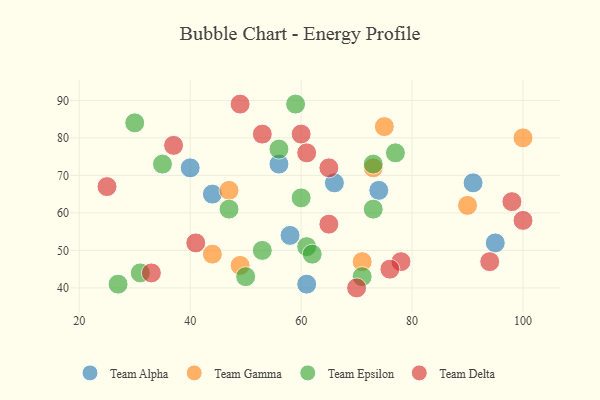
{"axis": {"x": "GDP", "y": "Life Expectancy"}, "legend": ["Team Alpha", "Team Delta", "Team Epsilon", "Team Gamma"], "data": [{"x": "58", "y": 54, "type": "Team Alpha"}, {"x": "66", "y": 68, "type": "Team Alpha"}, {"x": "74", "y": 66, "type": "Team Alpha"}, {"x": "91", "y": 68, "type": "Team Alpha"}, {"x": "61", "y": 41, "type": "Team Alpha"}, {"x": "44", "y": 65, "type": "Team Alpha"}, {"x": "40", "y": 72, "type": "Team Alpha"}, {"x": "95", "y": 52, "type": "Team Alpha"}, {"x": "56", "y": 73, "type": "Team Alpha"}, {"x": "100", "y": 80, "type": "Team Gamma"}, {"x": "73", "y": 72, "type": "Team Gamma"}, {"x": "47", "y": 66, "type": "Team Gamma"}, {"x": "49", "y": 46, "type": "Team Gamma"}, {"x": "75", "y": 83, "type": "Team Gamma"}, {"x": "90", "y": 62, "type": "Team Gamma"}, {"x": "44", "y": 49, "type": "Team Gamma"}, {"x": "71", "y": 47, "type": "Team Gamma"}, {"x": "71", "y": 43, "type": "Team Epsilon"}, {"x": "31", "y": 44, "type": "Team Epsilon"}, {"x": "61", "y": 51, "type": "Team Epsilon"}, {"x": "60", "y": 64, "type": "Team Epsilon"}, {"x": "35", "y": 73, "type": "Team Epsilon"}, {"x": "30", "y": 84, "type": "Team Epsilon"}, {"x": "59", "y": 89, "type": "Team Epsilon"}, {"x": "53", "y": 50, "type": "Team Epsilon"}, {"x": "50", "y": 43, "type": "Team Epsilon"}, {"x": "77", "y": 76, "type": "Team Epsilon"}, {"x": "62", "y": 49, "type": "Team Epsilon"}, {"x": "73", "y": 61, "type": "Team Epsilon"}, {"x": "56", "y": 77, "type": "Team Epsilon"}, {"x": "73", "y": 73, "type": "Team Epsilon"}, {"x": "47", "y": 61, "type": "Team Epsilon"}, {"x": "27", "y": 41, "type": "Team Epsilon"}, {"x": "65", "y": 72, "type": "Team Delta"}, {"x": "37", "y": 78, "type": "Team Delta"}, {"x": "60", "y": 81, "type": "Team Delta"}, {"x": "49", "y": 89, "type": "Team Delta"}, {"x": "78", "y": 47, "type": "Team Delta"}, {"x": "61", "y": 76, "type": "Team Delta"}, {"x": "65", "y": 57, "type": "Team Delta"}, {"x": "100", "y": 58, "type": "Team Delta"}, {"x": "41", "y": 52, "type": "Team Delta"}, {"x": "25", "y": 67, "type": "Team Delta"}, {"x": "94", "y": 47, "type": "Team Delta"}, {"x": "53", "y": 81, "type": "Team Delta"}, {"x": "33", "y": 44, "type": "Team Delta"}, {"x": "70", "y": 40, "type": "Team Delta"}, {"x": "98", "y": 63, "type": "Team Delta"}, {"x": "76", "y": 45, "type": "Team Delta"}]}